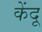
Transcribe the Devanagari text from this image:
केंदू